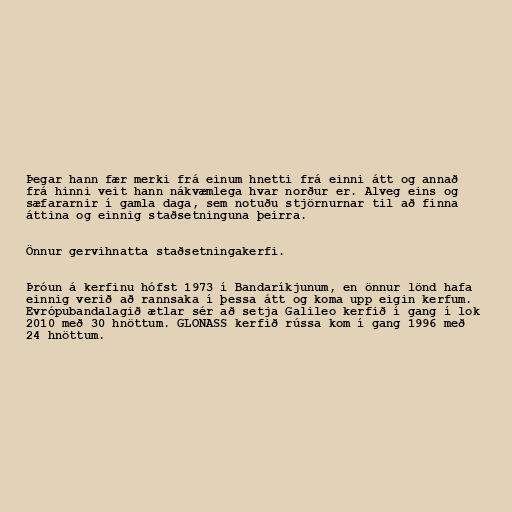
Þegar hann fær merki frá einum hnetti frá einni átt og annað
frá hinni veit hann nákvæmlega hvar norður er. Alveg eins og
sæfararnir í gamla daga, sem notuðu stjörnurnar til að finna
áttina og einnig staðsetninguna þeirra.

Önnur gervihnatta staðsetningakerfi.

Þróun á kerfinu hófst 1973 í Bandaríkjunum, en önnur lönd hafa
einnig verið að rannsaka í þessa átt og koma upp eigin kerfum.
Evrópubandalagið ætlar sér að setja Galileo kerfið í gang í lok
2010 með 30 hnöttum. GLONASS kerfið rússa kom í gang 1996 með
24 hnöttum.